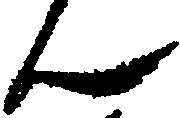
ん